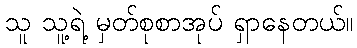
သူ သူ့ရဲ့ မှတ်စုစာအုပ် ရှာနေတယ်။